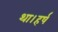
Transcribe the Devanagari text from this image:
था।हर्ष